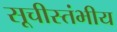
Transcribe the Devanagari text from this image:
सूचीस्तंभीय